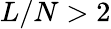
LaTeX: L/N>2